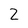
Character: 2